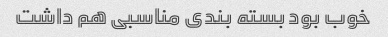
خوب بود بسته بندی مناسبی هم داشت